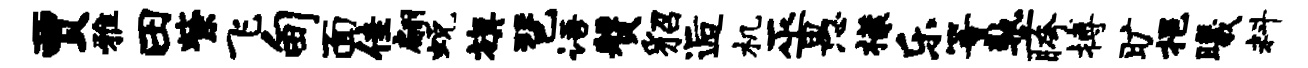
贾雅田紫飞甸面佳翩蜕旗琶语赞貂逅机巫愚檬乐等塾胯搏旷挹曦料